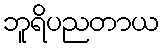
ဘူရိပညတာယ